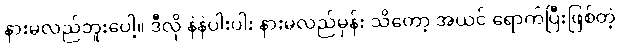
နားမလည်ဘူးပေါ့။ ဒီလို နဲနဲပါးပါး နားမလည်မှန်း သိတော့ အယင် ရောက်ပြီးဖြစ်တဲ့